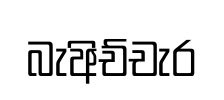
බැඅිච්චැර